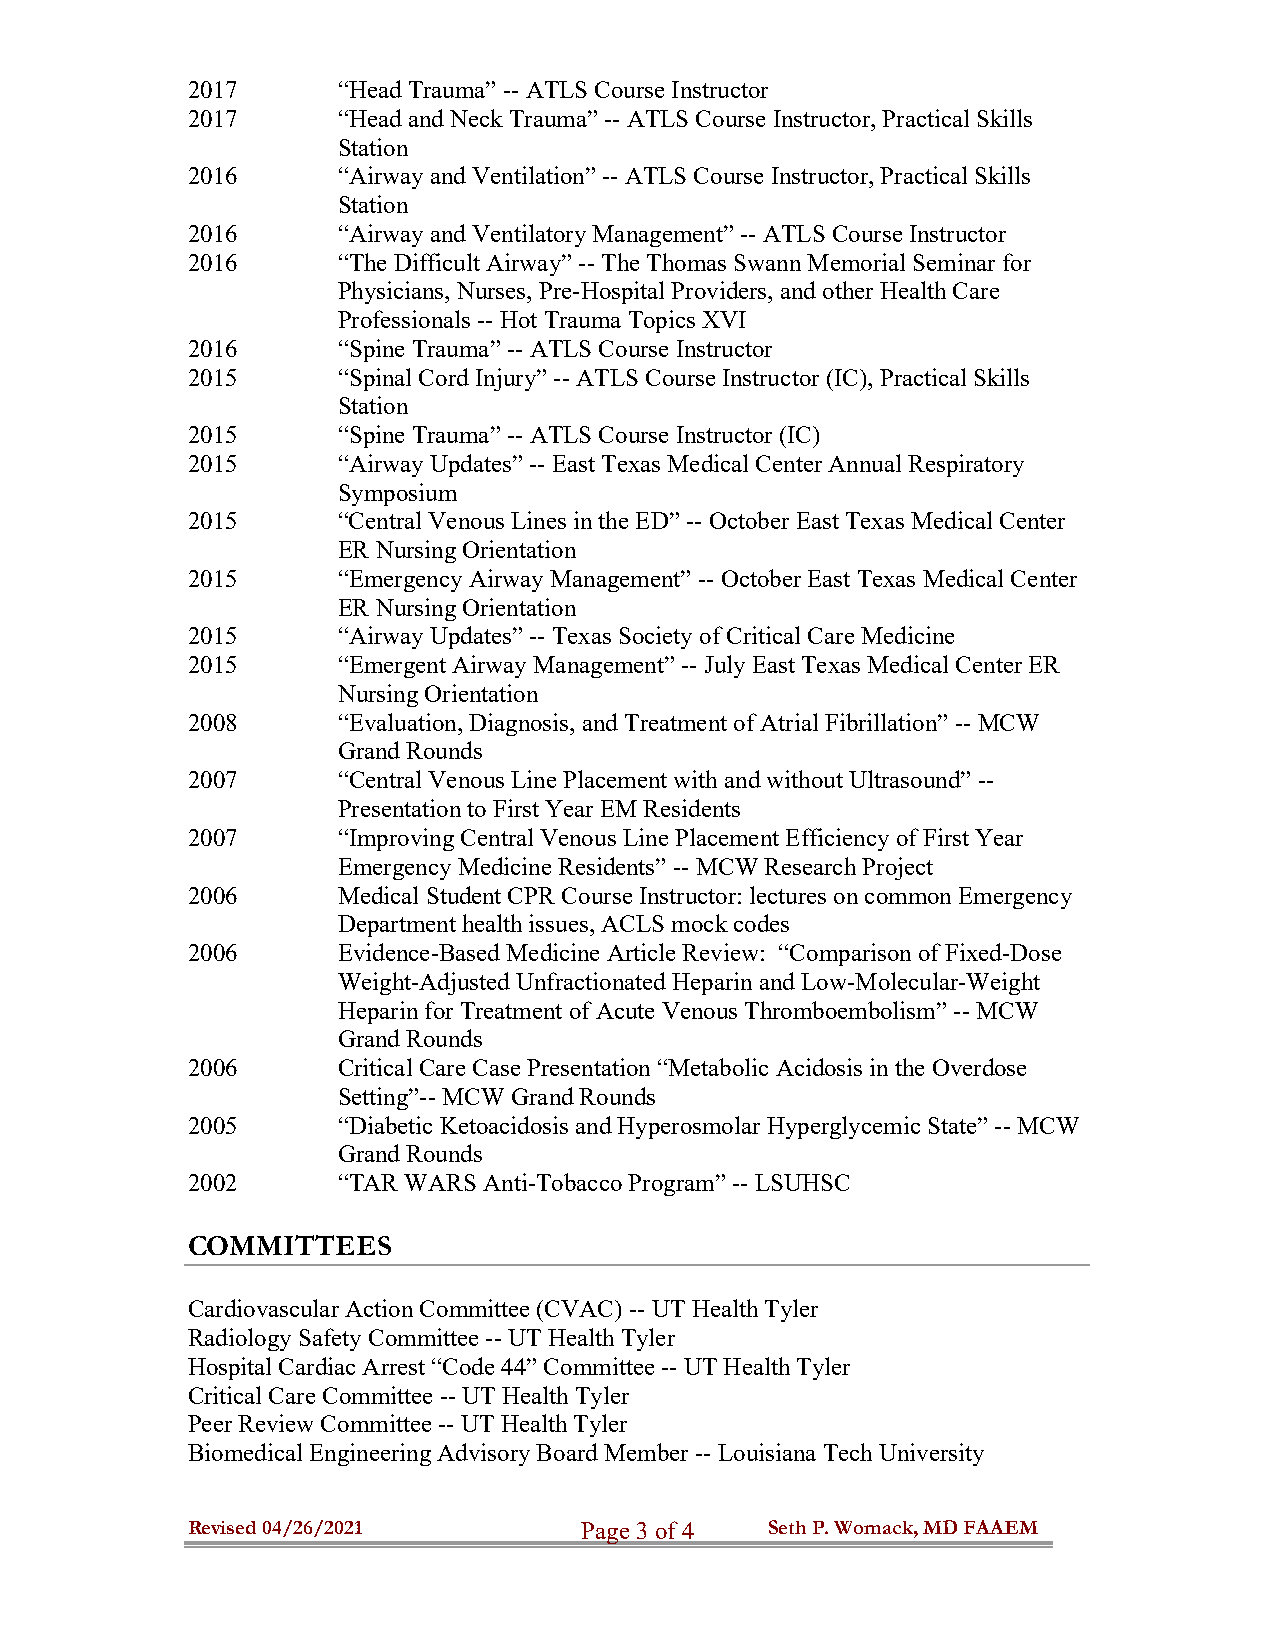
2017      “Head Trauma” -- ATLS Course Instructor
 2017      “Head and Neck Trauma” -- ATLS Course Instructor, Practical Skills
 Station
 2016      “Airway and Ventilation” -- ATLS Course Instructor, Practical Skills
 Station
 2016      “Airway and Ventilatory Management” -- ATLS Course Instructor
 2016      “The Difficult Airway” -- The Thomas Swann Memorial Seminar for
 Physicians, Nurses, Pre-Hospital Providers, and other Health Care
 Professionals -- Hot Trauma Topics XVI
 2016      “Spine Trauma” -- ATLS Course Instructor
 2015      “Spinal Cord Injury” -- ATLS Course Instructor (IC), Practical Skills
 Station
 2015      “Spine Trauma” -- ATLS Course Instructor (IC)
 2015      “Airway Updates” -- East Texas Medical Center Annual Respiratory
 Symposium
 2015      “Central Venous Lines in the ED” -- October East Texas Medical Center
 ER Nursing Orientation
 2015      “Emergency Airway Management” -- October East Texas Medical Center
 ER Nursing Orientation
 2015      “Airway Updates” -- Texas Society of Critical Care Medicine
 2015      “Emergent Airway Management” -- July East Texas Medical Center ER
 Nursing Orientation
 2008      “Evaluation, Diagnosis, and Treatment of Atrial Fibrillation” -- MCW
 Grand Rounds
 2007      “Central Venous Line Placement with and without Ultrasound” --
 Presentation to First Year EM Residents
 2007      “Improving Central Venous Line Placement Efficiency of First Year
 Emergency Medicine Residents” -- MCW Research Project
 2006      Medical Student CPR Course Instructor: lectures on common Emergency
 Department health issues, ACLS mock codes
 2006      Evidence-Based Medicine Article Review: “Comparison of Fixed-Dose
 Weight-Adjusted Unfractionated Heparin and Low-Molecular-Weight
 Heparin for Treatment of Acute Venous Thromboembolism” -- MCW
 Grand Rounds
 2006      Critical Care Case Presentation “Metabolic Acidosis in the Overdose
 Setting”-- MCW Grand Rounds
 2005      “Diabetic Ketoacidosis and Hyperosmolar Hyperglycemic State” -- MCW
 Grand Rounds
 2002      “TAR WARS Anti-Tobacco Program” -- LSUHSC
 COMMITTEES
 Cardiovascular Action Committee (CVAC) -- UT Health Tyler
 Radiology Safety Committee -- UT Health Tyler
 Hospital Cardiac Arrest “Code 44” Committee -- UT Health Tyler
 Critical Care Committee -- UT Health Tyler
 Peer Review Committee -- UT Health Tyler
 Biomedical Engineering Advisory Board Member -- Louisiana Tech University
 Revised 04/26/2021        P a g e 3 o f 4 Seth P. Womack, MD FAAEM